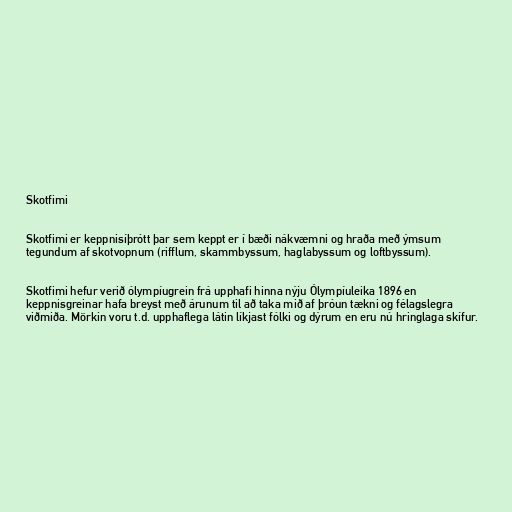
Skotfimi

Skotfimi er keppnisíþrótt þar sem keppt er í bæði nákvæmni og hraða með ýmsum
tegundum af skotvopnum (rifflum, skammbyssum, haglabyssum og loftbyssum).

Skotfimi hefur verið ólympíugrein frá upphafi hinna nýju Ólympíuleika 1896 en
keppnisgreinar hafa breyst með árunum til að taka mið af þróun tækni og félagslegra
viðmiða. Mörkin voru t.d. upphaflega látin líkjast fólki og dýrum en eru nú hringlaga skífur.